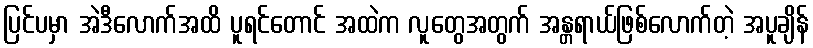
ပြင်ပမှာ အဲဒီလောက်အထိ ပူရင်တောင် အထဲက လူတွေအတွက် အန္တ္တရာယ်ဖြစ်လောက်တဲ့ အပူချိန်